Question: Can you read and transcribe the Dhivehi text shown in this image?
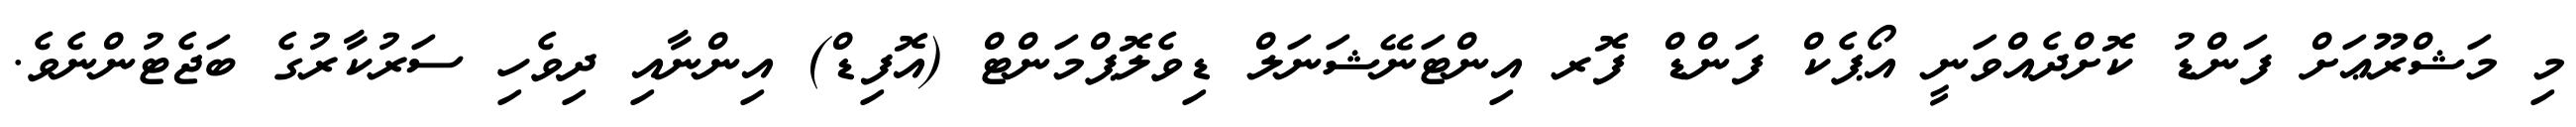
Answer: މި މަޝްރޫޢަށް ފަންޑު ކޮށްދެއްވަނީ އޯޕެކް ފަންޑް ފޮރ އިންޓަނޭޝަނަލް ޑިވެލޮޕްމަންޓް (އޮފިޑް) އިންނާއި ދިވެހި ސަރުކާރުގެ ބަޖެޓުންނެވެ.